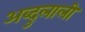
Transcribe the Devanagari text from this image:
अब्दुलाली